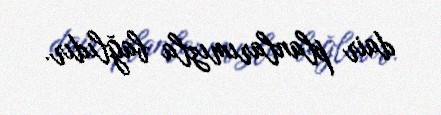
dair planlarımızla bağlıdır.